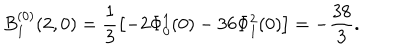
B _ { 1 } ^ { ( 0 ) } ( 2 , 0 ) = \frac { 1 } { 3 } \left[ - 2 \Phi _ { 0 } ^ { 1 } ( 0 ) - 3 6 \Phi _ { 1 } ^ { 2 } ( 0 ) \right] = - \frac { 3 8 } { 3 } .